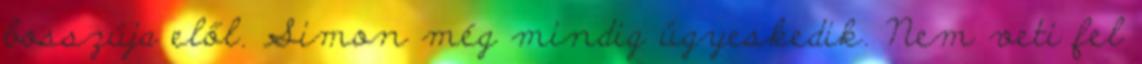
bosszúja elől. Simon még mindig ügyeskedik. Nem veti fel